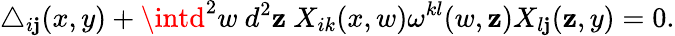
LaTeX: \triangle_{i\mathbf{j}}(x,y)+\intd^{2}w~d^{2}\mathbf{z}~X_{ik}(x,w)\omega^{kl}(w,\mathbf{z})X_{l\mathbf{j}}(\mathbf{z},y)=0.